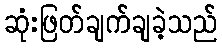
ဆုံးဖြတ်ချက်ချခဲ့သည်